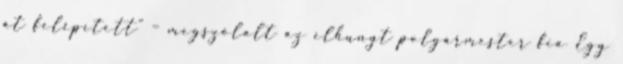
át felépített” – megszólalt az elhunyt polgármester fia Egy